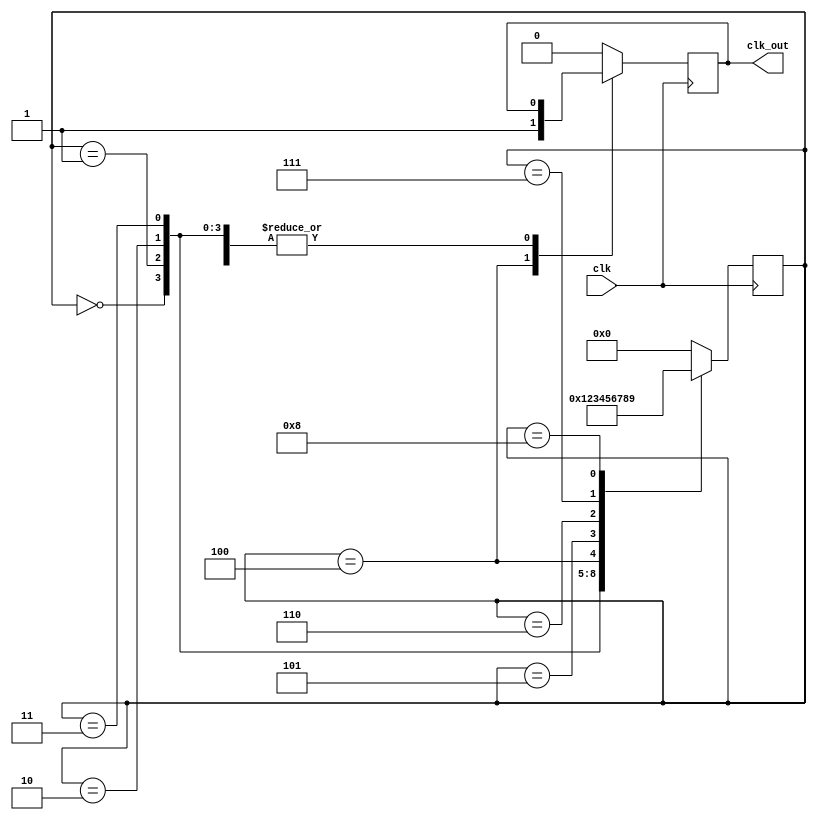
module freq_div10 (clk, clk_out);
	input clk;
	output reg clk_out = 0;
	reg [3:0] estado = 0;

	always@(posedge clk)
		begin
			case(estado)
				0: estado = 1;
				1: estado = 2;
				2: estado = 3;
				3: estado = 4;
				4: 
					begin 
						estado = 5;
						clk_out = 1;
					end
				5: estado = 6;
				6: estado = 7;
				7: estado = 8;
				8: estado = 9;
				default:
					begin 
						estado = 0;
						clk_out = 0;
					end
			endcase
		end
    //wire w1, w2, w3;
	/*freq_div10 inst1(.clk(clk), .clk_out(w1));
	freq_div10 inst2(.clk(w1), .clk_out(w2));
	freq_div10 inst3(.clk(w2), .clk_out(w3));
	freq_div10 inst4(.clk(w3), .clk_out(clk_out));
	
	freq_div10 inst5(.clk(w4), .clk_out(w5));
	freq_div10 inst8(.clk(w5), .clk_out(clk_out));*/
endmodule